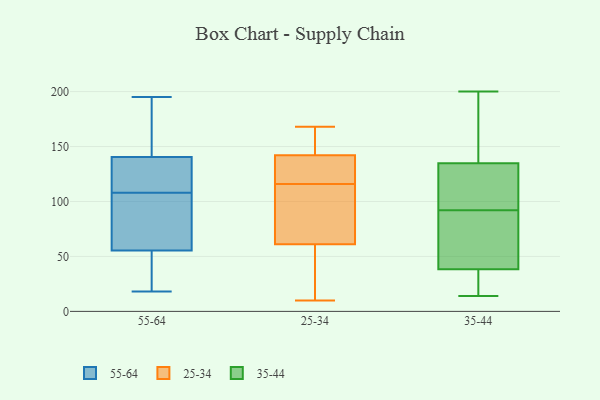
{"axis": {"x": "Revenue (USD Million)", "y": "Value"}, "legend": ["25-34", "35-44", "55-64"], "data": [{"x": "", "y": 121, "type": "55-64"}, {"x": "", "y": 94, "type": "55-64"}, {"x": "", "y": 95, "type": "55-64"}, {"x": "", "y": 135, "type": "55-64"}, {"x": "", "y": 58, "type": "55-64"}, {"x": "", "y": 18, "type": "55-64"}, {"x": "", "y": 146, "type": "55-64"}, {"x": "", "y": 18, "type": "55-64"}, {"x": "", "y": 121, "type": "55-64"}, {"x": "", "y": 53, "type": "55-64"}, {"x": "", "y": 177, "type": "55-64"}, {"x": "", "y": 195, "type": "55-64"}, {"x": "", "y": 155, "type": "25-34"}, {"x": "", "y": 107, "type": "25-34"}, {"x": "", "y": 37, "type": "25-34"}, {"x": "", "y": 132, "type": "25-34"}, {"x": "", "y": 61, "type": "25-34"}, {"x": "", "y": 137, "type": "25-34"}, {"x": "", "y": 168, "type": "25-34"}, {"x": "", "y": 125, "type": "25-34"}, {"x": "", "y": 23, "type": "25-34"}, {"x": "", "y": 142, "type": "25-34"}, {"x": "", "y": 160, "type": "25-34"}, {"x": "", "y": 97, "type": "25-34"}, {"x": "", "y": 10, "type": "25-34"}, {"x": "", "y": 84, "type": "25-34"}, {"x": "", "y": 21, "type": "35-44"}, {"x": "", "y": 14, "type": "35-44"}, {"x": "", "y": 135, "type": "35-44"}, {"x": "", "y": 32, "type": "35-44"}, {"x": "", "y": 92, "type": "35-44"}, {"x": "", "y": 57, "type": "35-44"}, {"x": "", "y": 166, "type": "35-44"}, {"x": "", "y": 83, "type": "35-44"}, {"x": "", "y": 134, "type": "35-44"}, {"x": "", "y": 200, "type": "35-44"}, {"x": "", "y": 94, "type": "35-44"}]}